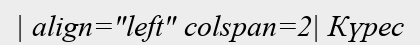
| align="left" colspan=2| Күрес